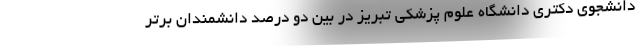
دانشجوی دکتری دانشگاه علوم پزشکی تبریز در بین دو درصد دانشمندان برتر